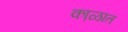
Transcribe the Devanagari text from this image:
का़ळात